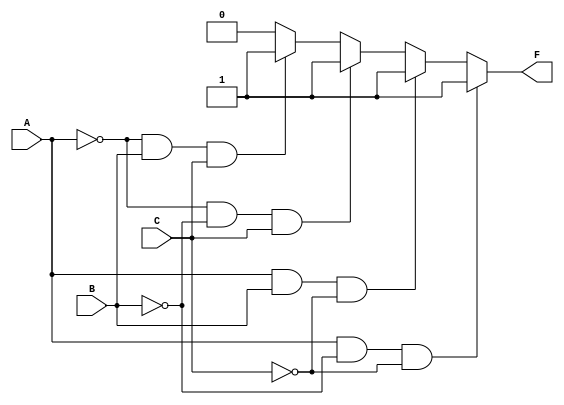
module Q5_5_2_CA_CO (input wire A, B, C, output wire F);

	//Reduced truth table representation of the circuit
	assign F = ((A == 1'b1) && (B == 1'b0) && (C == 1'b0) ? 1'b1 :
					(A == 1'b1) && (B == 1'b1) && (C == 1'b0) ? 1'b1 :
					(A == 1'b0) && (B == 1'b0) && (C == 1'b1) ? 1'b1 :
					(A == 1'b0) && (B == 1'b1) && (C == 1'b1) ? 1'b1 : 
					1'b0);
	
endmodule